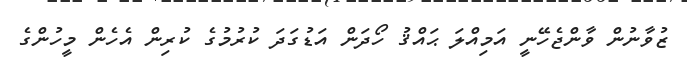
ޒުވާނުން ވާންޖެހޭނީ އަމިއްލަ ޙައްޤު ހޯދަން އަޑުގަދަ ކުރުމުގެ ކުރިން އެހެން މީހުންގެ